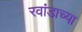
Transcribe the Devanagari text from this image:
रवांडाच्‍या